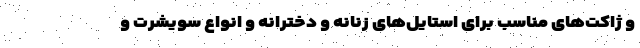
و ژاکت‌های مناسب برای استایل‌های زنانه و دخترانه و انواع سویشرت و